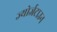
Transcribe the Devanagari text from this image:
ज्योर्जटाउन